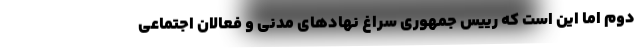
دوم اما این است که رییس جمهوری سراغ نهادهای مدنی و فعالان اجتماعی